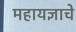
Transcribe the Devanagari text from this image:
महायज्ञाचे